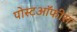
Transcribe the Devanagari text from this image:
पोस्टऑफीस